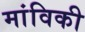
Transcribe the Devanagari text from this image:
मांविकी